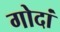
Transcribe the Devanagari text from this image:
गोदां